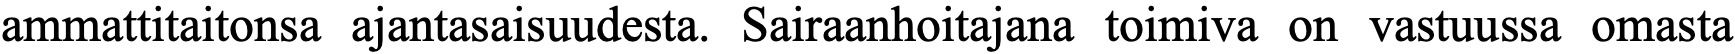
ammattitaitonsa ajantasaisuudesta. Sairaanhoitajana toimiva on vastuussa omasta